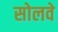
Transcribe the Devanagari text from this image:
सोलवे